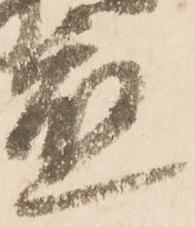
應